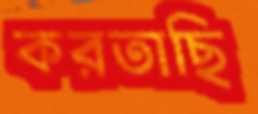
করতাছি